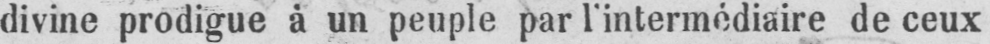
divine prodigue à un peuple par l’intermédiaire de ceux